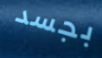
بجسد